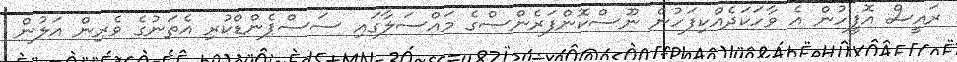
ރައީސް އޮފީހުން އެ ވާހަކަދެއްކިފަހުން ނޫސްކޮންފަރެންސްގެ މައްސަލާގައި ސަސްޕެންޑްކުރި އެތަނުގެ ވެރިން އަލުން